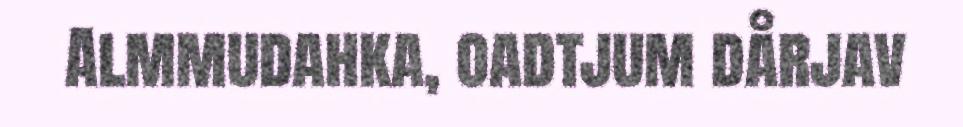
Almmudahka, oadtjum dårjav